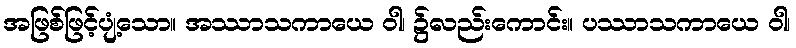
အဖြစ်ဖြင့်ပျံ့သော။ အဿာသကာယေ ဝါ၊ ၌လည်းကောင်း။ ပဿာသကာယေ ဝါ၊